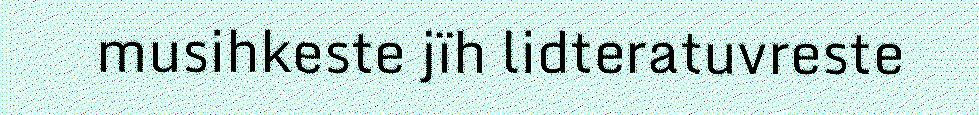
musihkeste jïh lidteratuvreste